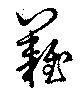
難